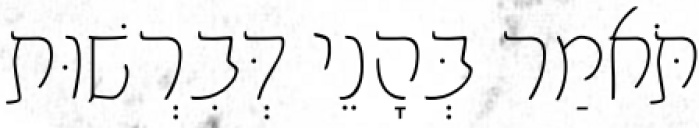
תֹּאמַר בְּהָנֵי דְּבִרְשׁוּת